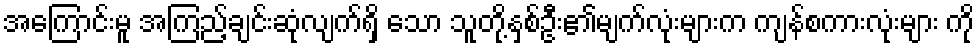
အကြောင်းမူ အကြည့်ချင်းဆုံလျက်ရှိ သော သူတို့နှစ်ဦး၏မျက်လုံးများက ကျန်စကားလုံးများ ကို